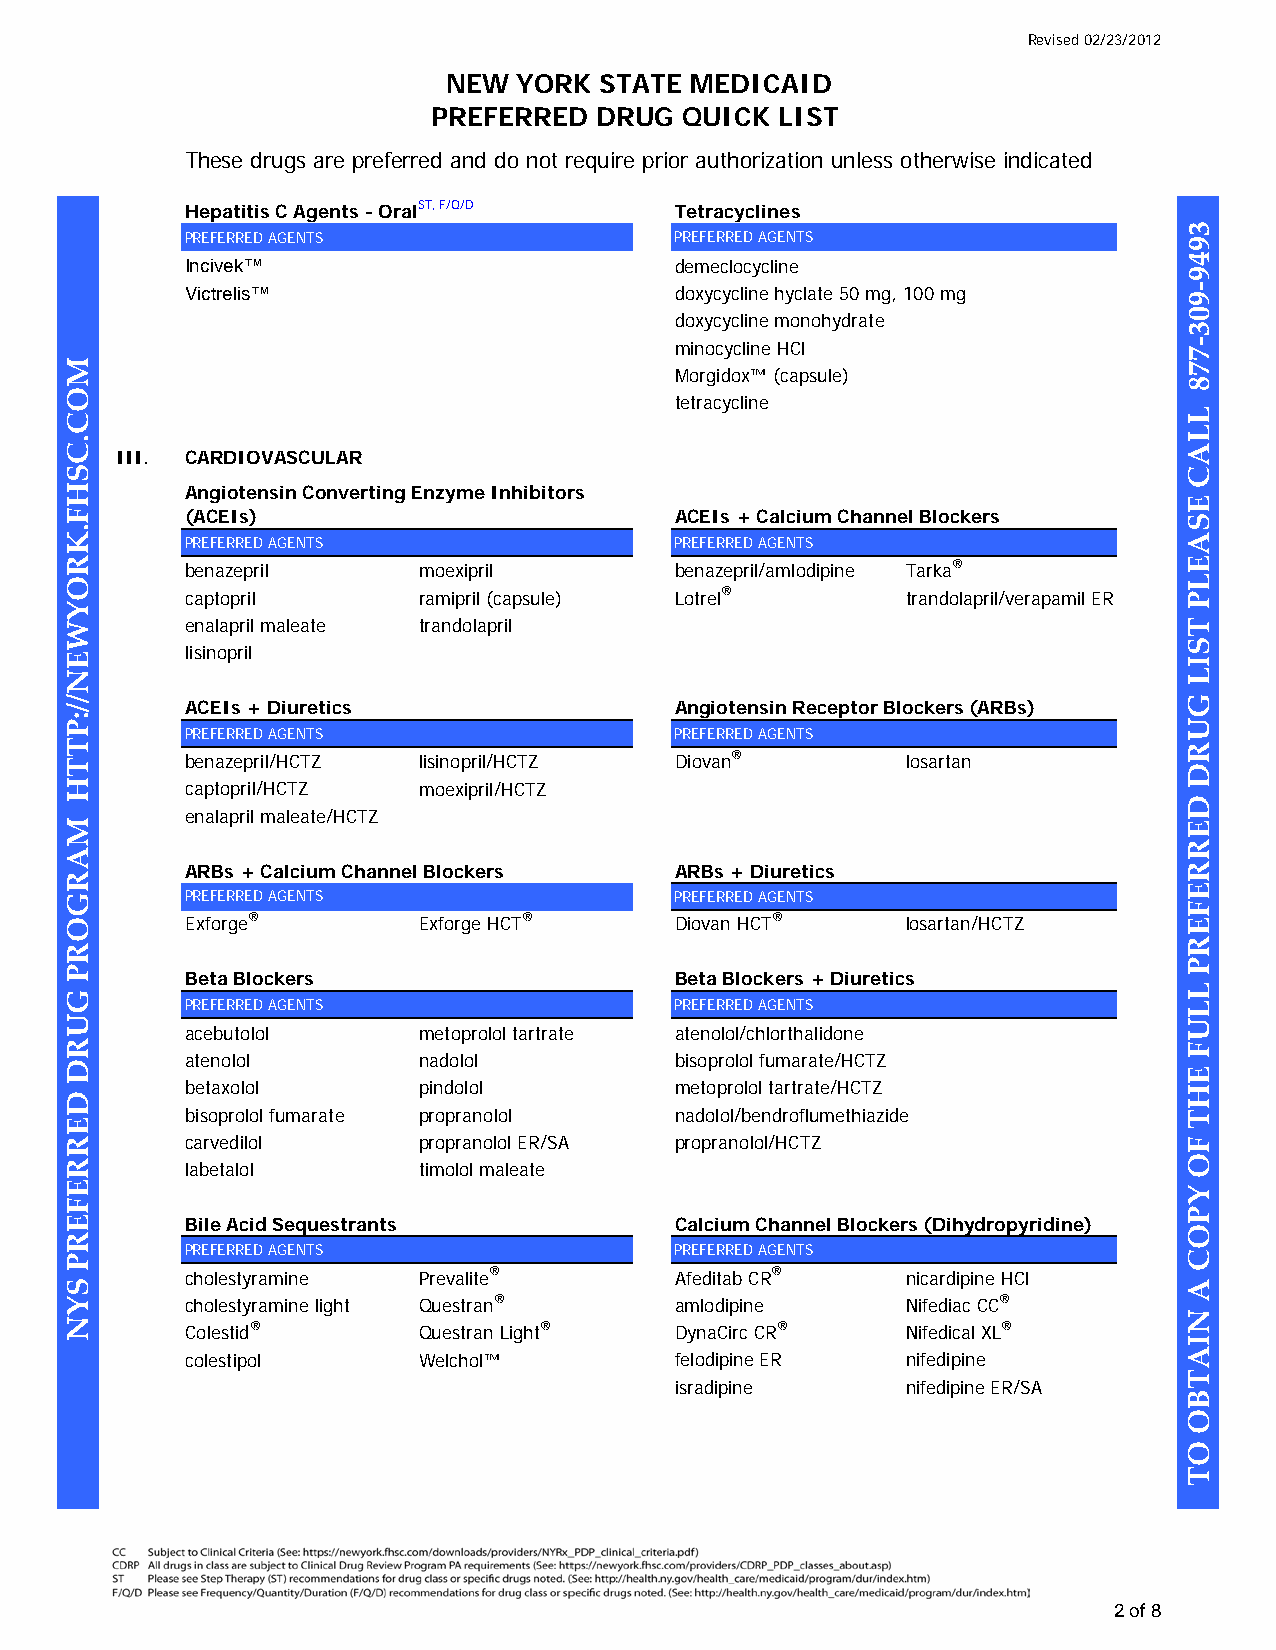
Revised 02/23/2012
 NEW  YORK STATE MEDICAID
 PREFERRED  DRUG  QUICK LIST
 These drugs are preferred and do not require prior authorization unless otherwise indicated
 Hepatitis C Agents - OralST, F/Q/D Tetracyclines
 PREFERRED AGENTS                PREFERRED AGENTS
 Incivek™                        demeclocycline
 Victrelis™                      doxycycline hyclate 50 mg, 100 mg
 doxycycline monohydrate
 minocycline HCl
 Morgidox™ (capsule)
 tetracycline
 III. CARDIOVASCULAR
 Angiotensin Converting Enzyme Inhibitors
 (ACEIs)                         ACEIs + Calcium Channel Blockers
 PREFERRED AGENTS                PREFERRED AGENTS
 benazepril     moexipril        benazepril/amlodipine Tarka®
 captopril      ramipril (capsule) Lotrel®       trandolapril/verapamil ER
 enalapril maleate trandolapril
 lisinopril
 ACEIs + Diuretics               Angiotensin Receptor Blockers (ARBs)
 PREFERRED AGENTS                PREFERRED AGENTS
 benazepril/HCTZ lisinopril/HCTZ Diovan®         losartan
 captopril/HCTZ moexipril/HCTZ
 enalapril maleate/HCTZ
 ARBs + Calcium Channel Blockers ARBs + Diuretics
 PREFERRED AGENTS                PREFERRED AGENTS
 Exforge®       Exforge HCT®     Diovan HCT®     losartan/HCTZ
 Beta Blockers                   Beta Blockers + Diuretics
 PREFERRED AGENTS                PREFERRED AGENTS
 acebutolol     metoprolol tartrate atenolol/chlorthalidone
 atenolol       nadolol          bisoprolol fumarate/HCTZ
 betaxolol      pindolol         metoprolol tartrate/HCTZ
 bisoprolol fumarate propranolol nadolol/bendroflumethiazide
 carvedilol     propranolol ER/SA propranolol/HCTZ
 labetalol      timolol maleate
 Bile Acid Sequestrants          Calcium Channel Blockers (Dihydropyridine)
 PREFERRED AGENTS                PREFERRED AGENTS
 cholestyramine Prevalite®       Afeditab CR®    nicardipine HCl
 cholestyramine light Questran®  amlodipine      Nifediac CC®
 Colestid®      Questran Light®  DynaCirc CR®    Nifedical XL®
 colestipol     Welchol™         felodipine ER   nifedipine
 isradipine      nifedipine ER/SA
 2 of 8
 MOC.CSHF.KROYWEN//:PTTH
 MARGORP
 GURD
 DERREFERP
 SYN
 3949-903-778
 LLAC
 ESAELP
 TSIL
 GURD
 DERREFERP
 LLUF
 EHT
 FO
 YPOC
 A
 NIATBO
 OT